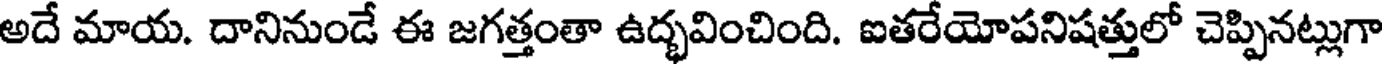
అదే మాయ. దానినుండే ఈ జగత్తంతా ఉద్భవించింది. ఐతరేయోపనిషత్తులో చెప్పినట్లుగా